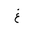
Letter: _gayn